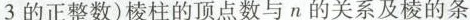
3的正整数)棱柱的顶点数与n的关系及棱的条